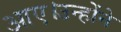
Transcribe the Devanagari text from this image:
आए।उन्होंने